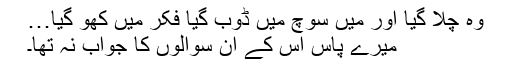
وہ چلا گیا اور میں سوچ میں ڈوب گیا فکر میں کھو گیا…
میرے پاس اس کے ان سوالوں کا جواب نہ تھا۔